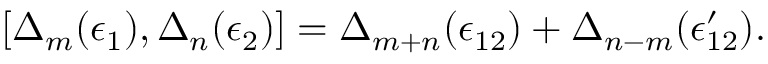
[ \Delta _ { m } ( \epsilon _ { 1 } ) , \Delta _ { n } ( \epsilon _ { 2 } ) ] = \Delta _ { m + n } ( \epsilon _ { 1 2 } ) + \Delta _ { n - m } ( \epsilon _ { 1 2 } ^ { \prime } ) .